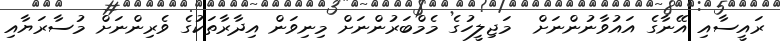
ރައީސާއި އޭނާގެ އައުވާނުންނަށް  މަޖިލީހުގެ މެމްބަރުންނަށް މިނިވަން އިދާރާތަކުގެ ވެރިންނަށް މުސާރަޔާއި